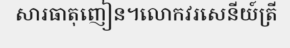
សារធាតុញៀន។លោកវរសេនីយ៍ត្រី